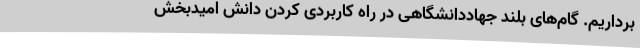
برداریم. گام‌های بلند جهاددانشگاهی در راه کاربردی کردن دانش امیدبخش